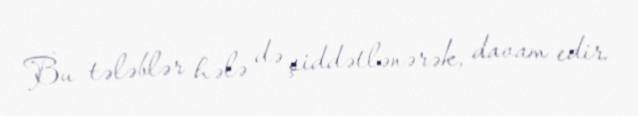
Bu tələblər hələ də şiddətlənərək, davam edir.